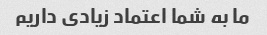
ما به شما اعتماد زیادی داریم